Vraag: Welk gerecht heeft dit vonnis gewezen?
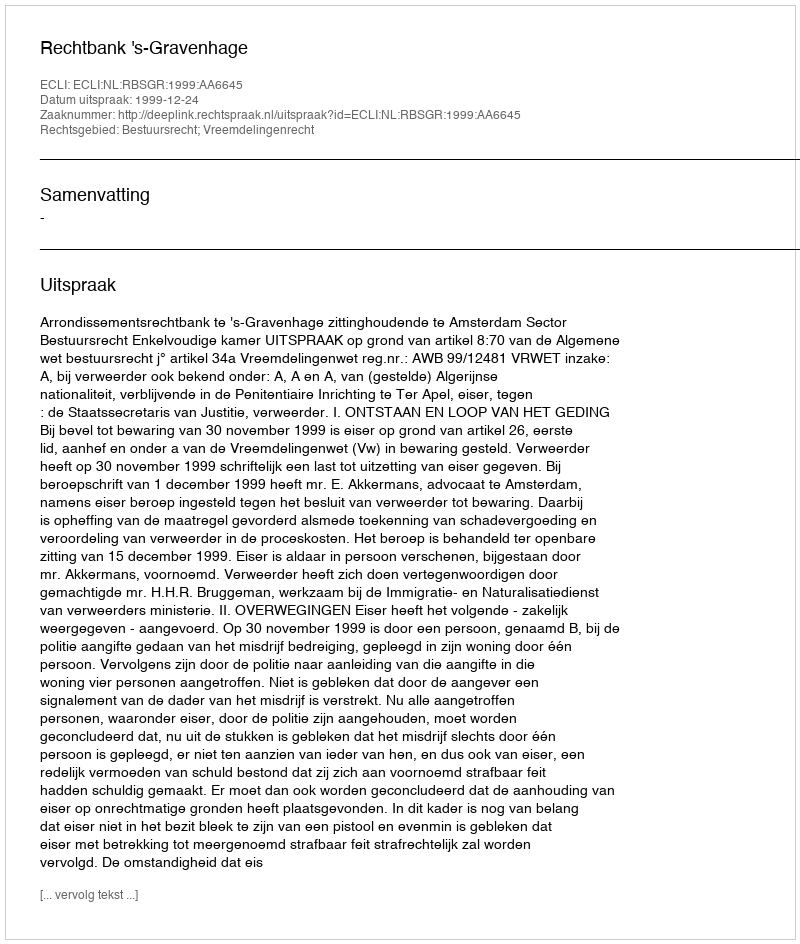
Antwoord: Rechtbank 's-Gravenhage